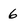
Character: 6